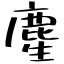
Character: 䴤